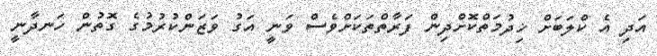
އަދި އެ ކްލަބަށް ޚިދުމަތްކޮށްދިން ފަރާތްތަކަށްވެސް ވަނީ އަގު ވަޒަންކުރުމުގެ ގޮތުން ހަނދާނީ